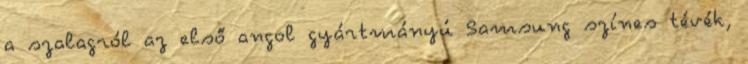
a szalagról az első angol gyártmányú Samsung színes tévék,